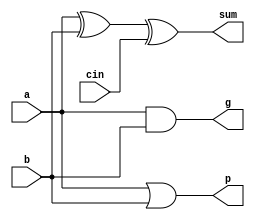
// Basic Components; muxes, flip-flops, etc.
//
// VLSI Computer Architecture Research Group,
// Oklahoma Stata University


//Reduced Full Adder Cell (for CLA, 8 gates instead of 9)

module rfa (sum, g, p, a, b, cin);

   output sum;
   output g;
   output p;
   input a;
   input b;
   input cin;

   xor x1(sum, a, b, cin);
   and a1(g, a, b);
   or  o1(p, a, b);
   
endmodule


//17-bit Register with reset

module dffr_17 (q, d, clk, reset);

   output [16:0] q;
   input  [16:0] d;
   input  clk, reset;
   
   reg [16:0] q;
   
   always @ (posedge clk or negedge reset) 
      if (reset == 0)
         q <= 0; 
      else
         q <= d;

endmodule

//Basic adders for Multiplier

module FA (Sum, Cout, A, B, Cin);

   input A;
   input B;
   input Cin;   

   output Sum;
   output Cout;

	wire	w1;
	wire	w2;
	wire	w3;
	wire	w4;

	xor	x1(w1, A, B);
	xor	x2(Sum, w1, Cin);

	nand    n1(w2, A, B);
	nand    n2(w3, A, Cin);
	nand	n3(w4, B, Cin);
	nand	n4(Cout, w2, w3, w4);

endmodule // FA

module MFA (Sum, Cout, A, B, Sin, Cin);

   input A;
   input B;
   input Sin;
   input Cin;   

   output Sum;
   output Cout;

	wire    w0;
	wire	w1;
	wire	w2;
	wire	w3;
	wire	w4;

	and     a1(w0, A, B);

	xor	x1(w1, w0, Sin);
	xor	x2(Sum, w1, Cin);

	nand    n1(w2, w0, Sin);
	nand    n2(w3, w0, Cin);
	nand	n3(w4, Sin, Cin);
	nand	n4(Cout, w2, w3, w4);

endmodule // MFA

module NMFA (Sum, Cout, A, B, Sin, Cin);

   input A;
   input B;
   input Sin;
   input Cin;   

   output Sum;
   output Cout;

	wire  w0;
	wire	w1;
	wire	w2;
	wire	w3;
	wire	w4;

	nand    n0(w0, A, B);

	xor	x1(w1, w0, Sin);
	xor	x2(Sum, w1, Cin);

	nand    n1(w2, w0, Sin);
	nand    n2(w3, w0, Cin);
	nand	n3(w4, Sin, Cin);
	nand	n4(Cout, w2, w3, w4);

endmodule // NMFA

module MHA (Sum, Cout, A, B, Sin);

   input A;
   input B;
   input Sin;

   output Sum;
   output Cout;

	wire	w1;

	and	a0(w1, A, B);

	xor	x1(Sum, w1, Sin);

	and	a1(Cout, w1, Sin);

endmodule // MHA